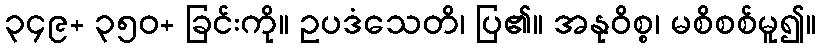
၃၄၉+ ၃၅၀+ ခြင်းကို။ ဥပဒံသေတိ၊ ပြ၏။ အနုဝိစ္စ၊ မစိစစ်မူ၍။